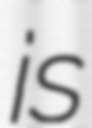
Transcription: is